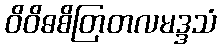
ဝိဝိဓစိတြတလမဒ္ဒသံ